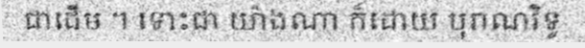
ជាដើម ។ ទោះជា យ៉ាងណា ក៏ដោយ បុរាណវិទូ